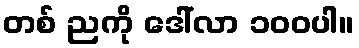
တစ် ညကို ဒေါ်လာ ၁၀၀ပါ။